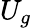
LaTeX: U_{g}